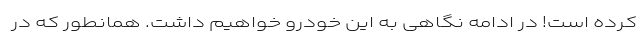
کرده است! در ادامه نگاهی به این خودرو خواهیم داشت. همانطور که در